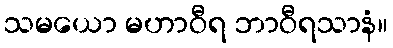
သမယော မဟာဝီရ ဘာဝီရသာနံ။